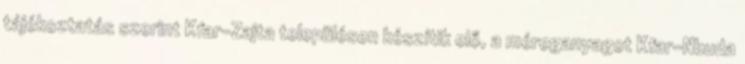
tájékoztatás szerint Kfar-Zajta településen készítik elő, a méreganyagot Kfar-Nbuda